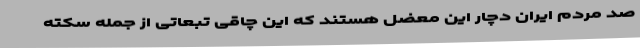
صد مردم ایران دچار این معضل هستند که این چاقی تبعاتی از جمله سکته